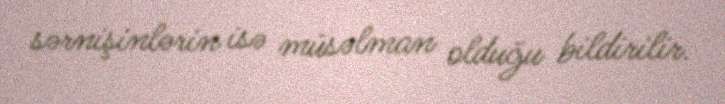
sərnişinlərin isə müsəlman olduğu bildirilir.